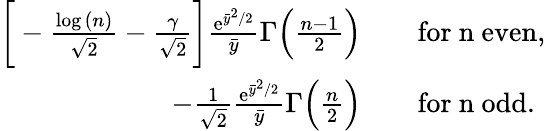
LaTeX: \begin{array}{rl}{\bigg[-\frac{\log{(n)}}{\sqrt{2}}-\frac{\gamma}{\sqrt{2}}\bigg]\frac{\mathrm{e}^{\bar{y}^{2}/2}}{\bar{y}}\Gamma\Big(\frac{n-1}{2}\Big)}&{\quad\mathrm{for~n~even},}\\ {-\frac{1}{\sqrt{2}}\frac{\mathrm{e}^{\bar{y}^{2}/2}}{\bar{y}}\Gamma\Big(\frac{n}{2}\Big)}&{\quad\mathrm{for~n~odd}.}\end{array}